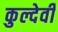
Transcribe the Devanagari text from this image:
कुल्देवी